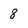
Character: 8